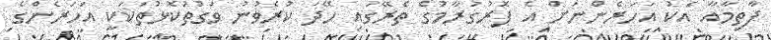
ފާތިމާއާ އެކު އަހަރެންނަށް އެ ޕޮރުގުރާމުގެ ތެރޭގައި ހޭދަ ކުރެވުނު ވަގުތުކޮޅުތަކަކީ އަހަރެންގެ